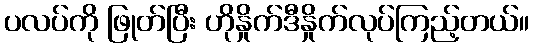
ပလပ်ကို ဖြုတ်ပြီး ဟိုနှိုက်ဒီနှိုက်လုပ်ကြည့်တယ်။